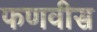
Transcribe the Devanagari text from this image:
फणवीस